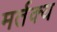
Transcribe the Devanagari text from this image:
मर्तक्य